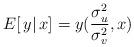
LaTeX: \begin{align*}E[\, y|\,x]= y(\frac{\sigma_u^2}{\sigma_v^2},x)\end{align*}